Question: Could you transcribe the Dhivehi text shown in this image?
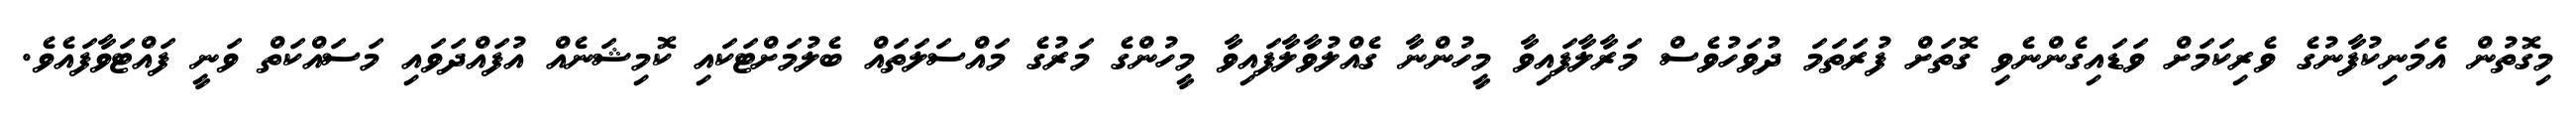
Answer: މިގޮތުން އެމަނިކުފާނުގެ ވެރިކަމަށް ވަޑައިގެންނެވި ގޮތަށް ފުރަތަމަ ދުވަހުވެސް މަރާލާފައިވާ މީހުންނާ ގެއްލުވާލާފައިވާ މީހުންގެ މަރުގެ މައްސަލަތައް ބެލުމަށްޓަކައި ކޮމިޝަނެއް އުފައްދަވައި މަސައްކަތް ވަނީ ފައްޓަވާފައެވެ.